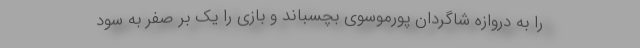
را به دروازه شاگردان پورموسوی بچسباند و بازی را یک بر صفر به سود